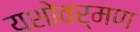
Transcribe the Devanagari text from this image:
यशोवर्मण